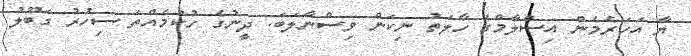
ޔާ އަހަރެމެން އިސްލާމްގެ ހާލަތު ނިކަން ވިސްނާލަބަ. ދީނުގެ ހުކުމެއްތަ ސިހުރު ގަބޫލު